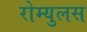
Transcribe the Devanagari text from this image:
रोम्युलस